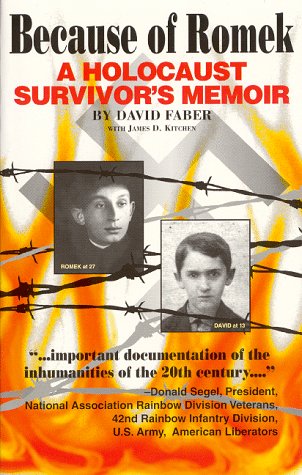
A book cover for Because of Romek: A Holocaust Survivor's Memoir; David Faber; Biographies & Memoirs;